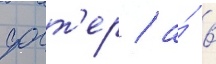
фост'ер / а́ в